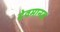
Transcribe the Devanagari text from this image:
देवमानव